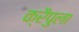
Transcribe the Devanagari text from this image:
क्रैपुला